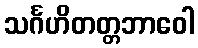
သင်္ဂဟိတတ္တဘာဝေါ